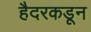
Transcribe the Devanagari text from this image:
हैदरकडून